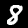
Label: 8